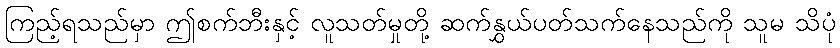
ကြည့်ရသည်မှာ ဤစက်ဘီးနှင့် လူသတ်မှုတို့ ဆက်နွှယ်ပတ်သက်နေသည်ကို သူမ သိပုံ